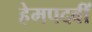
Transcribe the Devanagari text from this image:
हेमपदवीं